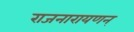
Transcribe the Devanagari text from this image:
राजनारायणन्